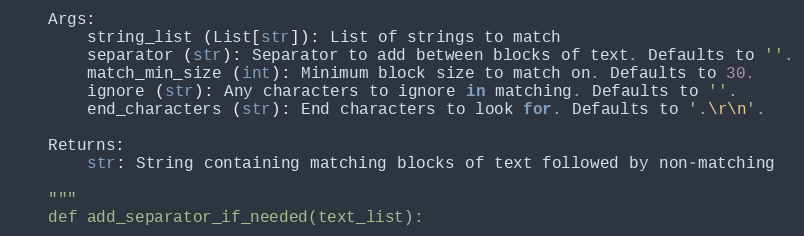
Language: Python
    Args:
        string_list (List[str]): List of strings to match
        separator (str): Separator to add between blocks of text. Defaults to ''.
        match_min_size (int): Minimum block size to match on. Defaults to 30.
        ignore (str): Any characters to ignore in matching. Defaults to ''.
        end_characters (str): End characters to look for. Defaults to '.\r\n'.

    Returns:
        str: String containing matching blocks of text followed by non-matching

    """
    def add_separator_if_needed(text_list):